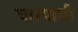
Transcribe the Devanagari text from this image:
चारपायी